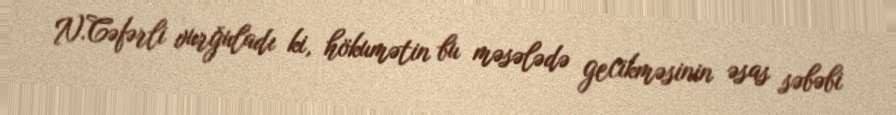
N.Cəfərli vurğuladı ki, hökumətin bu məsələdə gecikməsinin əsas səbəbi